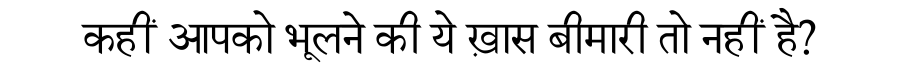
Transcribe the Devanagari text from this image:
कहीं आपको भूलने की ये ख़ास बीमारी तो नहीं है?